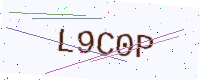
Text: L9C0P